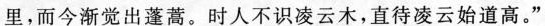
里，而今渐觉出蓬蒿。时人不识凌云木，直待凌云始道高。”